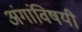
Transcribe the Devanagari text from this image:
अंगांविषयी